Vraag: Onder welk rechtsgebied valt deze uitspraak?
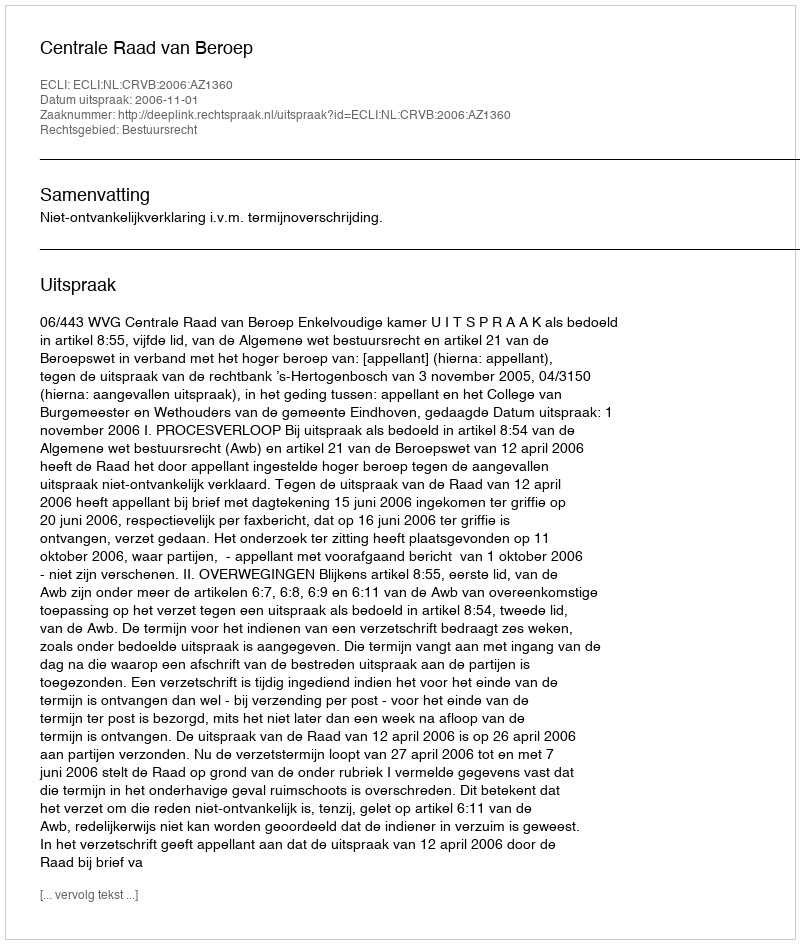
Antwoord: Bestuursrecht